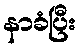
နာခံပြီး